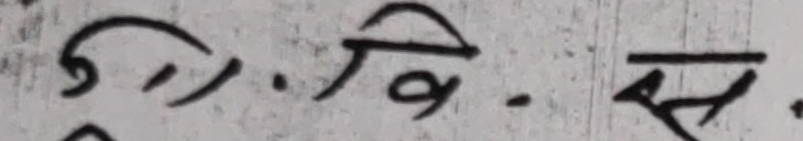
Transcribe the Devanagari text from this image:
( ) वि. स.